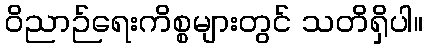
ဝိညာဉ်ရေးကိစ္စများတွင် သတိရှိပါ။